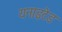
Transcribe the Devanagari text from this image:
यनाइटेड